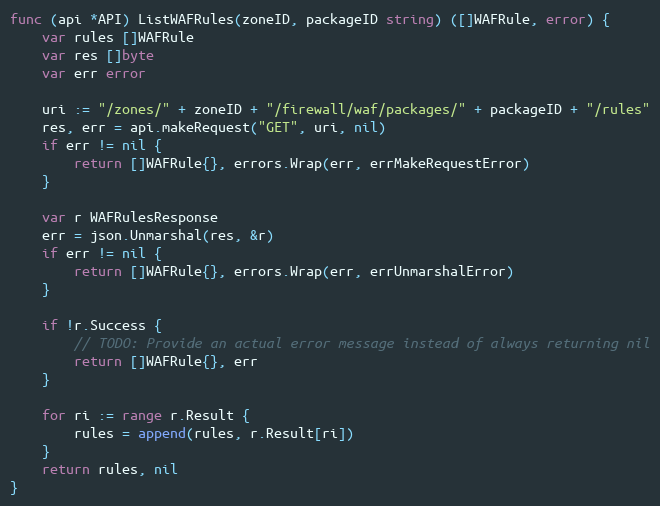
Language: Go
func (api *API) ListWAFRules(zoneID, packageID string) ([]WAFRule, error) {
	var rules []WAFRule
	var res []byte
	var err error

	uri := "/zones/" + zoneID + "/firewall/waf/packages/" + packageID + "/rules"
	res, err = api.makeRequest("GET", uri, nil)
	if err != nil {
		return []WAFRule{}, errors.Wrap(err, errMakeRequestError)
	}

	var r WAFRulesResponse
	err = json.Unmarshal(res, &r)
	if err != nil {
		return []WAFRule{}, errors.Wrap(err, errUnmarshalError)
	}

	if !r.Success {
		// TODO: Provide an actual error message instead of always returning nil
		return []WAFRule{}, err
	}

	for ri := range r.Result {
		rules = append(rules, r.Result[ri])
	}
	return rules, nil
}